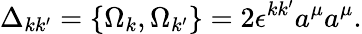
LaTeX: \Delta_{kk^{\prime}}=\{ \Omega_{k},\Omega_{k^{\prime}}\} =2\epsilon^{kk^{\prime}}a^{\mu}a^{\mu}.